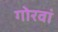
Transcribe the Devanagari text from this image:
गोरवां